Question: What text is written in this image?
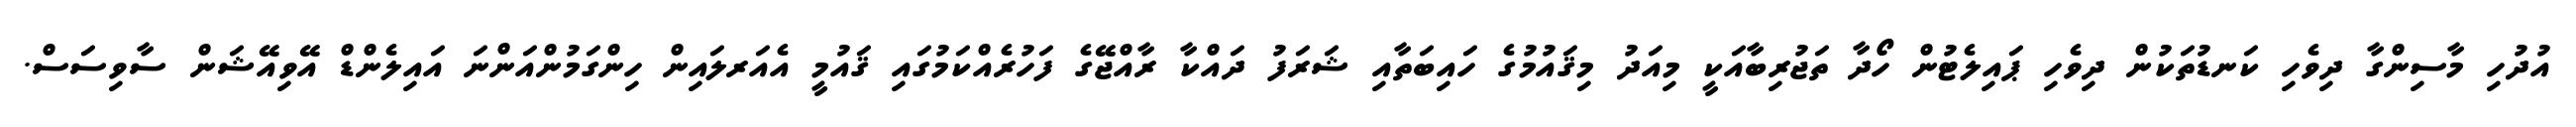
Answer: އުދުހި މާސިންގާ ދިވެހި ކަނޑުތަކުން ދިވެހި ޕައިލެޓުން ހޯދާ ތަޖުރިބާއަކީ މިއަދު މިޤައުމުގެ ހައިބަތާއި ޝަރަފު ދައްކާ ރާއްޖޭގެ ފަހުރެއްކަމުގައި ޤައުމީ އެއަރލައިން ހިންގަމުންއަންނަ އައިލެންޑް އޭވިއޭޝަން ސާވިސަސް.